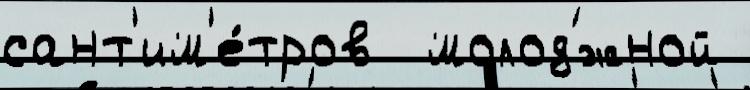
сант'им'е́тров  молод'́жной